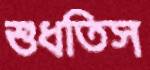
শুধতিস